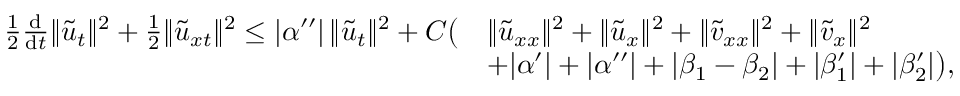
\begin{array} { r l } { \frac { 1 } { 2 } \frac { \mathrm { d } } { \mathrm { d } t } \| \tilde { u } _ { t } \| ^ { 2 } + \frac 1 2 \| \tilde { u } _ { x t } \| ^ { 2 } \le | \alpha ^ { \prime \prime } | \, \| \tilde { u } _ { t } \| ^ { 2 } + C \big ( } & { \| \tilde { u } _ { x x } \| ^ { 2 } + \| \tilde { u } _ { x } \| ^ { 2 } + \| \tilde { v } _ { x x } \| ^ { 2 } + \| \tilde { v } _ { x } \| ^ { 2 } } \\ & { + | \alpha ^ { \prime } | + | \alpha ^ { \prime \prime } | + | \beta _ { 1 } - \beta _ { 2 } | + | \beta _ { 1 } ^ { \prime } | + | \beta _ { 2 } ^ { \prime } | \big ) , } \end{array}